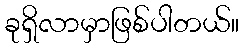
ခုရှိလာမှာဖြစ်ပါတယ်။